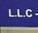
l.l.c